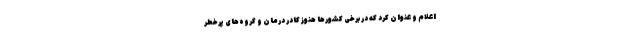
اعلام و عنوان کرد که در برخی کشورها هنوز کادر درمان و گروه‌های پرخطر